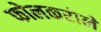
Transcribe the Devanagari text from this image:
फोलकरोले